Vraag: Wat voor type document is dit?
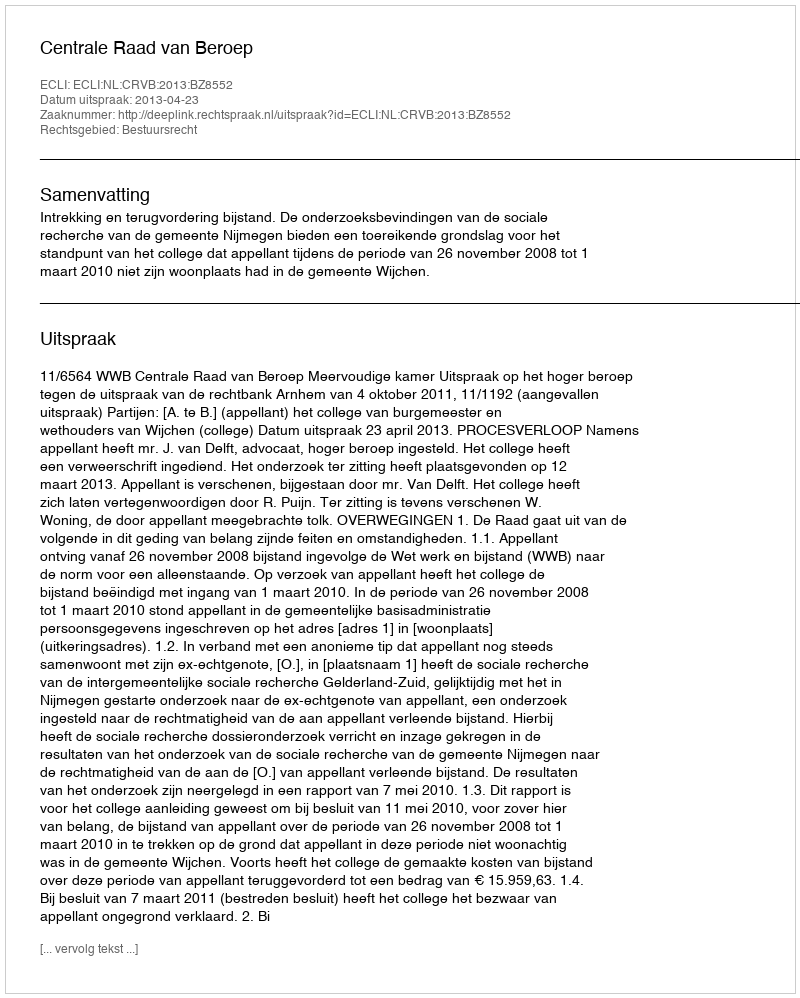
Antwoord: Uitspraak